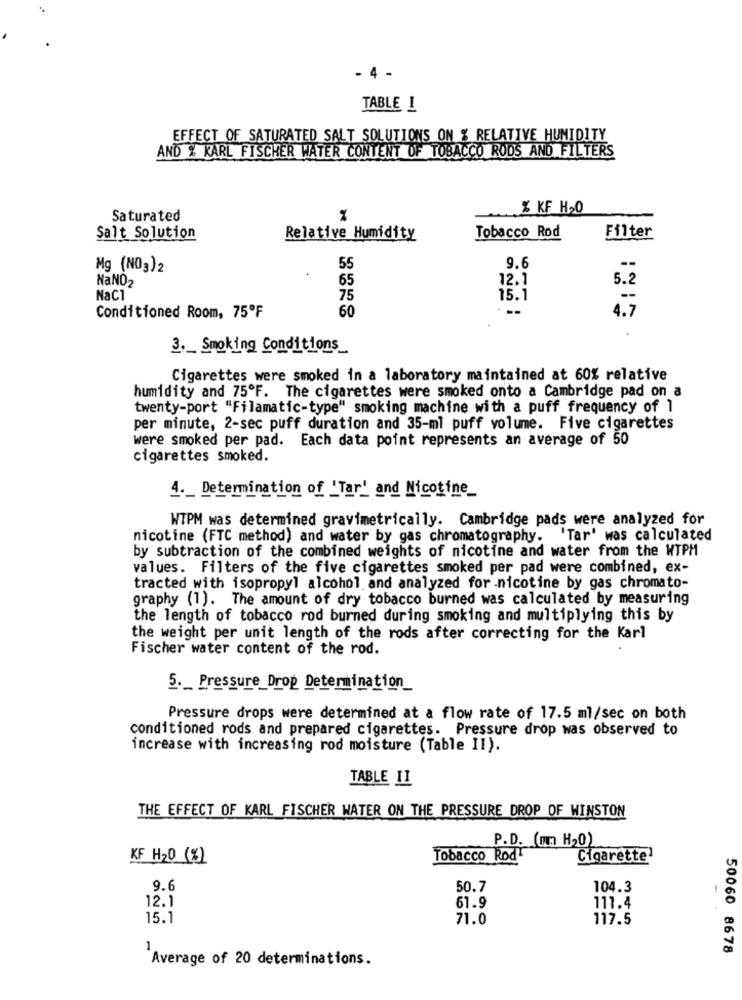
- 4 -
TABLE 1
EFFECT OF SATURATED SALT SOLUTIONS ON % RELATIVE HUMIDITY
AND % KARL FISCHER WATER CONTENT OF TOBACCO RODS AND FILTERS
% KF H20
Saturated
%
Tobacco Rod
Filter
Salt Solution
Relative Humidity
9.6
Mg (NO3)2
55
NaNO2
65
12.1
5.2
NaCl
75
15.1
60
4.7
Conditioned Room, 75ºF
3 ._ Smoking Conditions_
Cigarettes were smoked in a laboratory maintained at 60% relative
humidity and 75ºF. The cigarettes were smoked onto a Cambridge pad on a
twenty-port "Filamatic-type" smoking machine with a puff frequency of 1
per minute, 2-sec puff duration and 35-mi puff volume. Five cigarettes
were smoked per pad. Each data point represents an average of 50
cigarettes smoked.
4. _ Determination of 'Tar' and Nicotine_
WTPM was determined gravimetrically. Cambridge pads were analyzed for
nicotine (FTC method) and water by gas chromatography. 'Tar' was calculated
by subtraction of the combined weights of nicotine and water from the WTPM
values. Filters of the five cigarettes smoked per pad were combined, ex-
tracted with isopropyl alcohol and analyzed for nicotine by gas chromato-
graphy (1). The amount of dry tobacco burned was calculated by measuring
the length of tobacco rod burned during smoking and multiplying this by
the weight per unit length of the rods after correcting for the Karl
Fischer water content of the rod.
5. Pressure Drop Determination
Pressure drops were determined at a flow rate of 17.5 ml/sec on both
conditioned rods and prepared cigarettes. Pressure drop was observed to
increase with increasing rod moisture (Table II).
TABLE II
THE EFFECT OF KARL FISCHER WATER ON THE PRESSURE DROP OF WINSTON
P.D. (mm H20)
KF H20 (%)
Tobacco Rod
Cigarette1
9.6
50.7
104.3
12.1
61.9
111.4
15.1
71.0
117.5
1
50060 8678
Average of 20 determinations.